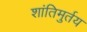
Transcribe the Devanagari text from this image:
शांतिमुर्तय